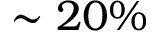
\sim 2 0 \%